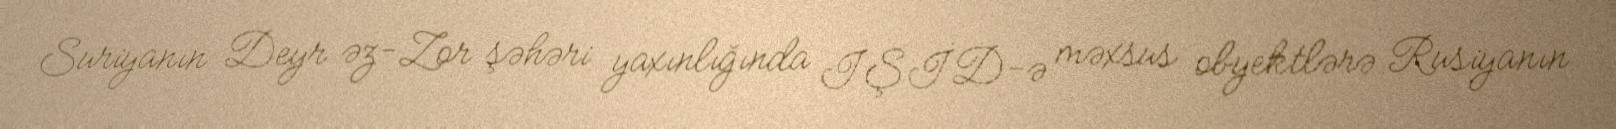
Suriyanın Deyr əz-Zor şəhəri yaxınlığında İŞİD-ə məxsus obyektlərə Rusiyanın